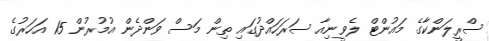
ސްރީލަންކާގެ މައުންޓް ލެވީނިއާ ސަރަހައްދުގައި ތިން މަސް ވަންދެން އުމުރުން 15 އަހަރުގެ